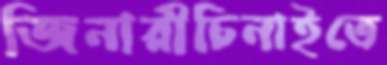
জিনারীচিনাইতে